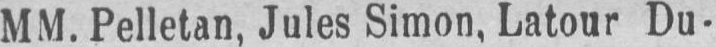
MM. Pelletan, Jules Simon, Latour Du-